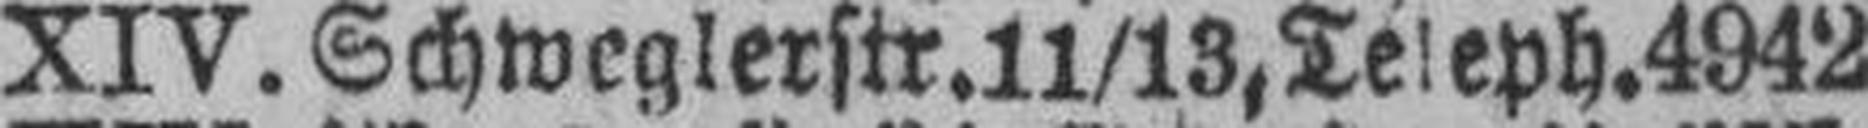
XIV. Schweglerstr. 11/13,Teleph.4942